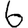
Digit: 6